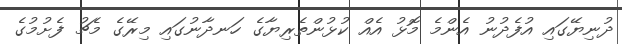
ދުނިޔޭގައި އުފެދުނު އެންމެ މޮޅު އެއް ކުޅުންތެރިޔާގެ ހަނދާނުގައި މިރޭގެ މެޗު ފެށުމުގެ